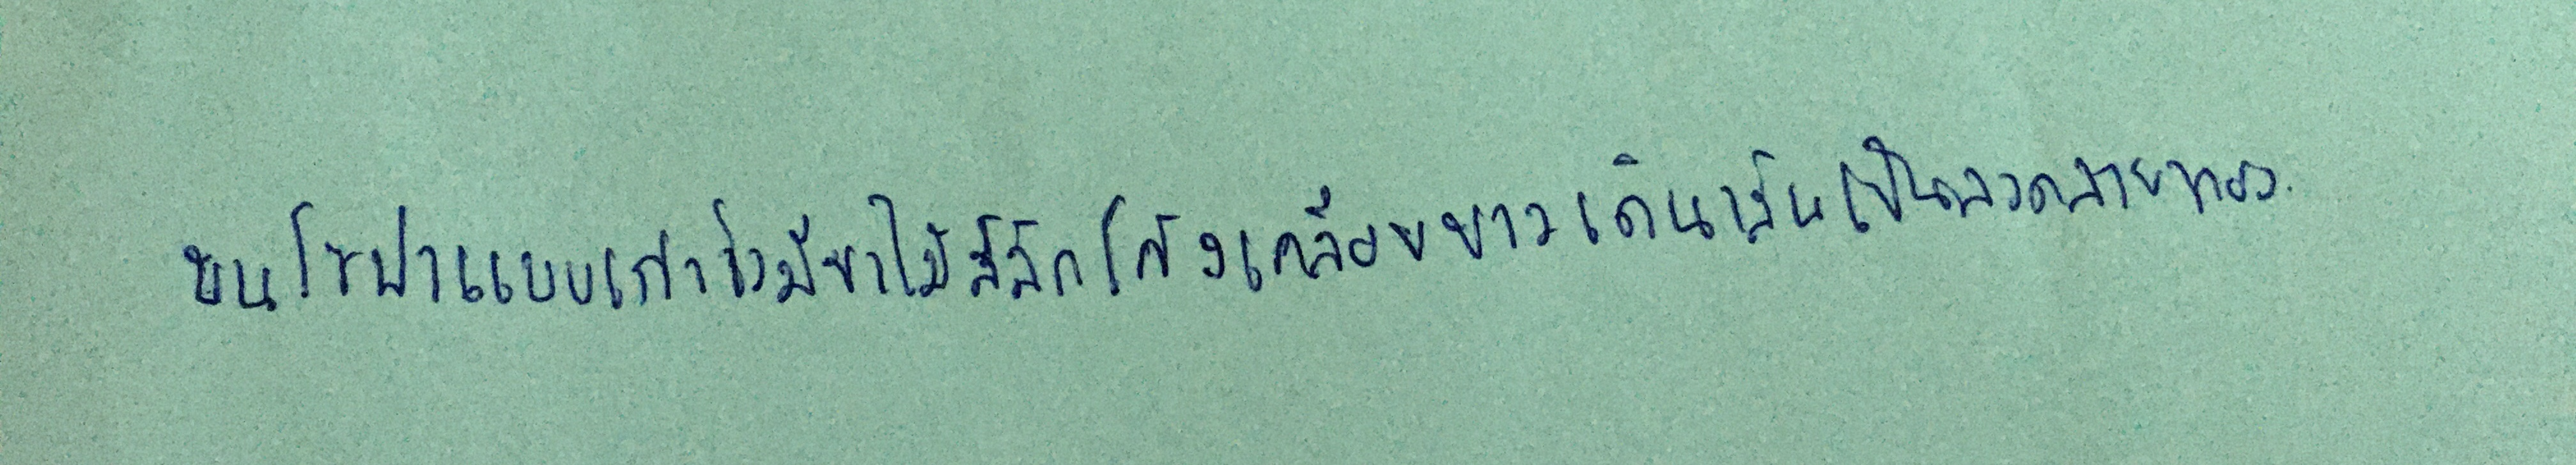
บนโซฟาแบบเก่าซึ่งมีขาไม้สลักโค้งเคลือบขาวเดินเส้นเป็นลวดลายทอง